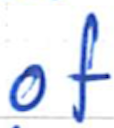
Text: of
Cross-out: clean
Writing tool: ballpoint